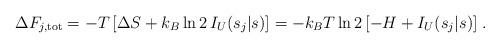
LaTeX: \begin{align*}\Delta F_{j,\rm tot} =- T\, [\Delta S+k_B\ln2\,I_U(s_j|s)]= -k_BT\ln2\, [-H + I_U(s_j|s)] \;. \end{align*}